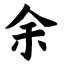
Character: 余